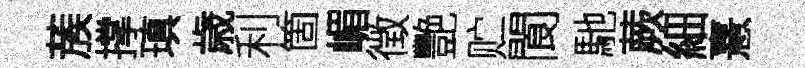
蔟撑瑱歳利箇嵋徴艷贮閬馳蕨細憙